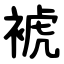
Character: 裭